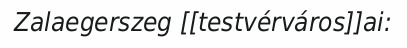
Zalaegerszeg [[testvérváros]]ai: